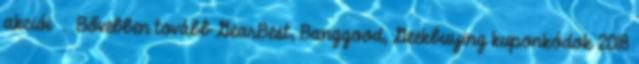
akciói . Bővebben tovább GearBest, Banggood, Geekbuying kuponkódok 2018